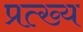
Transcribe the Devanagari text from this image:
प्रत्ख्य